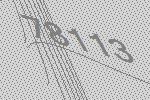
78113